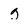
Character: g